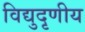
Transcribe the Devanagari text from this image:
विद्युदृणीय